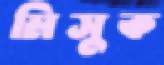
মিসুক